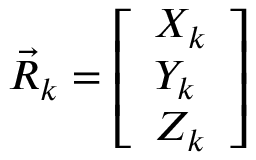
\vec { R } _ { k } = \left[ \begin{array} { l } { X _ { k } } \\ { Y _ { k } } \\ { Z _ { k } } \end{array} \right]